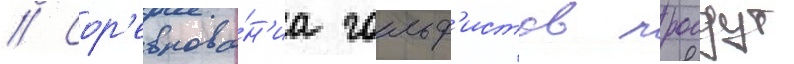
// Сор'евнова́н'иа гольф'истов проидут